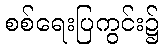
စစ်ရေးပြကွင်း၌